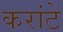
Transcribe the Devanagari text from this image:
करांटे